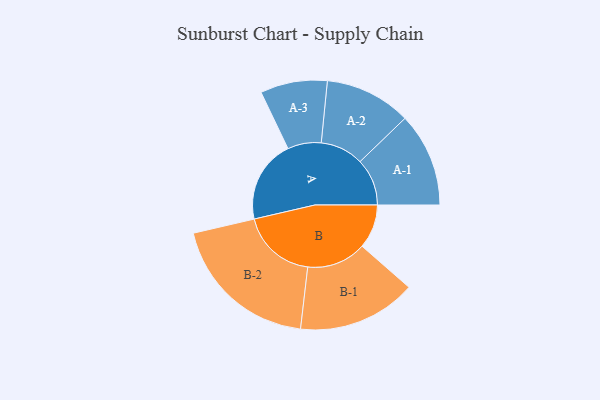
{"axis": {"x": "Segment", "y": "Value"}, "legend": ["", "A", "B"], "data": [{"x": "A", "y": 282, "type": ""}, {"x": "B", "y": 150, "type": ""}, {"x": "A-1", "y": 160, "type": "A"}, {"x": "A-2", "y": 147, "type": "A"}, {"x": "A-3", "y": 114, "type": "A"}, {"x": "B-1", "y": 202, "type": "B"}, {"x": "B-2", "y": 256, "type": "B"}]}